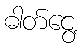
ဓါတ်ငွေ့